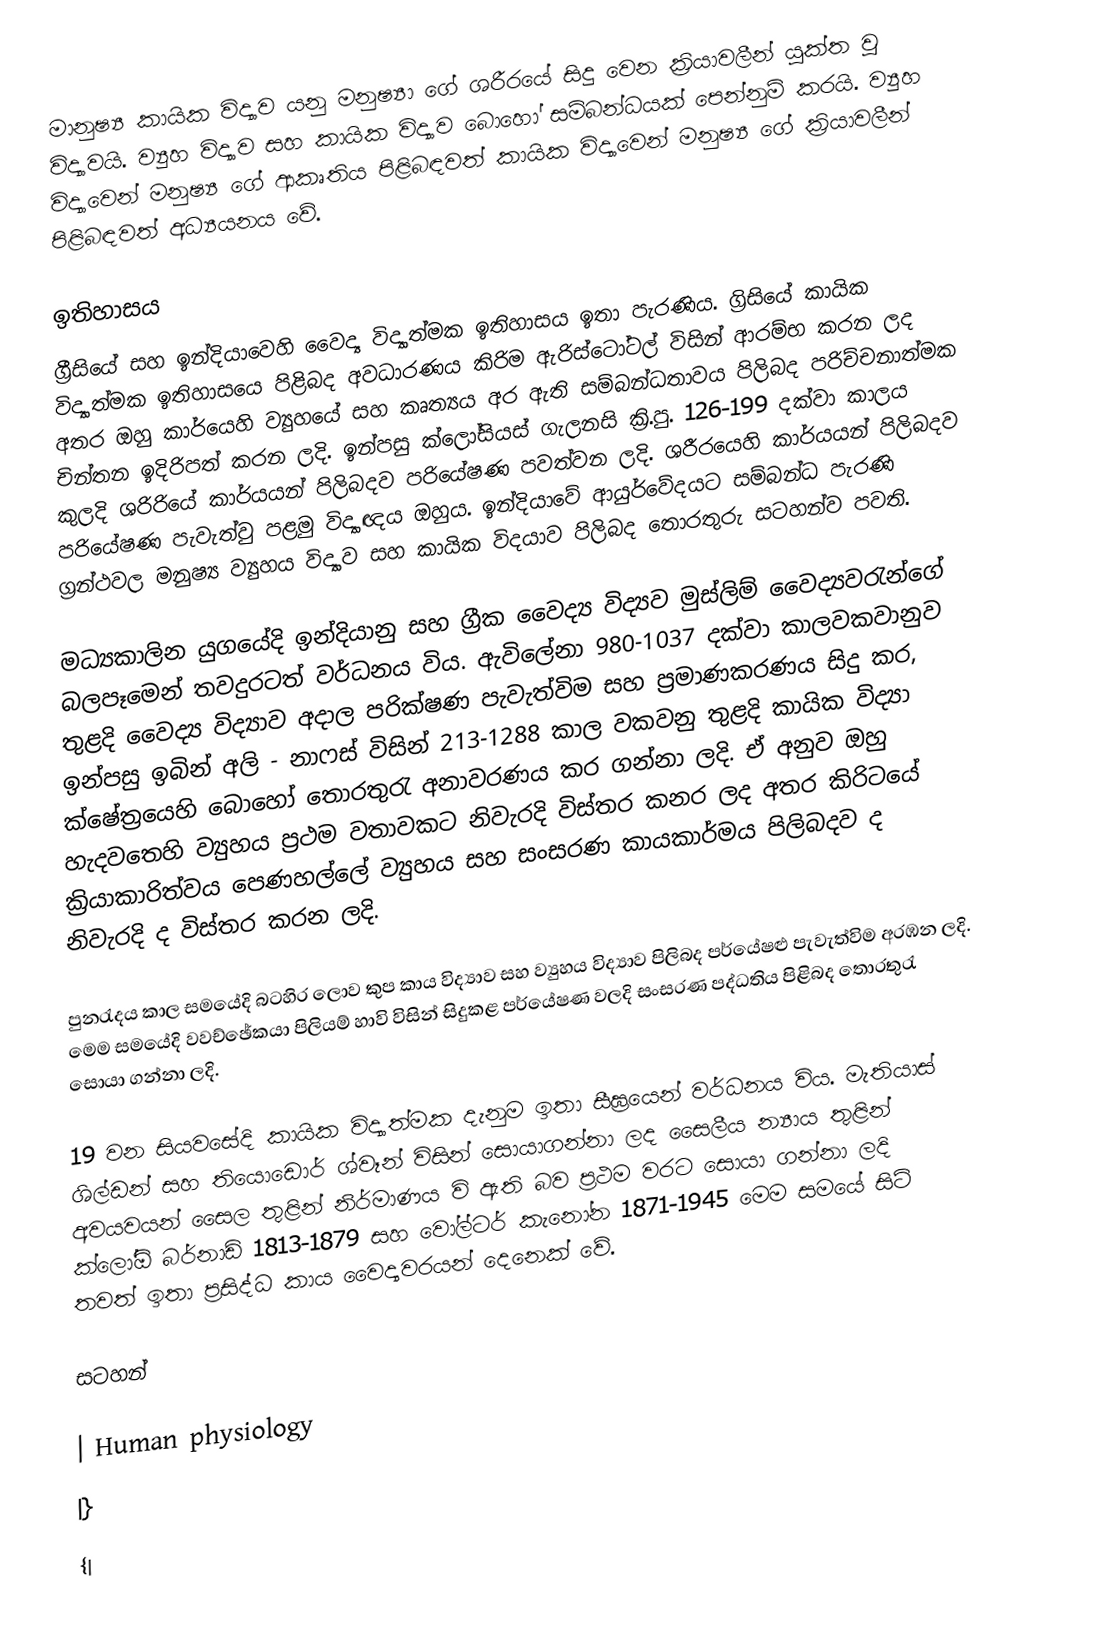
මානුෂ්‍ය කායික විද්‍යාව යනු මනුෂ්‍යා ගේ ශරීරයේ සිදු වෙන ක්‍රියාවලීන් යුක්ත වූ විද්‍යාවයි. ව්‍යුහ විද්‍යාව සහ කායික විද්‍යාව බොහෝ සම්බන්ධයක් පෙන්නුම් කරයි. ව්‍යුහ විද්‍යාවෙන් මනුෂ්‍ය ගේ ආකෘතිය පිළිබඳවත් කායික විද්‍යාවෙන් මනුෂ්‍ය ගේ ක්‍රියාවලීන් පිළිබඳවත් අධ්‍යයනය වේ.

ඉතිහාසය
ග්‍රීසියේ සහ ඉන්දියාවෙහි වෛද්‍ය විද්‍යාත්මක ඉතිහාසය ඉතා පැරණිය. ග්‍රිසියේ කායික විද්‍යාත්මක ඉතිහාසයෙ පිළිබද අවධාරණය කිරිම ඇරිස්ටෝටල් විසින් ආරම්භ කරන ලද අතර ඔහු කාර්යෙහි ව්‍යුහයේ සහ කෘත්‍යය අර ඇති සම්බන්ධතාවය පිලිබද පරිච්චනාත්මක චින්තන ඉදිරිපත් කරන ලදි. ඉන්පසු ක්ලෝසියස් ගැලනසි ක්‍රි.පු. 126-199 දක්වා කාලය කුලදි ශරිරියේ කාර්යයන් පිලිබදව පරියේෂණ පවත්වන ලදි. ශරීරයෙහි කාර්යයන් පිලිබදව පරියේෂණ පැවැත්වු පළමු විද්‍යාඥය ඔහුය. ඉන්දියාවේ ආයුර්වේදයට සම්බන්ධ පැරණි ග්‍රන්ථවල මනුෂ්‍ය ව්‍යුහය විද්‍යාව සහ කායික විදයාව පිලිබද තොරතුරු සටහන්ව පවති.

මධ්‍යකාලින යුගයේදි ඉන්දියානු සහ ග්‍රීක වෛද්‍ය විද්‍යව මුස්ලිම් වෛද්‍යවරැන්ගේ බලපෑමෙන් තවදුරටත් වර්ධනය විය. ඇවිලේනා 980-1037 දක්වා කාලවකවානුව තුළදි වෛද්‍ය විද්‍යාව අදාල පරික්ෂණ පැවැත්විම සහ ප්‍රමාණකරණය සිදු කර, ඉන්පසු ඉබින් අලි - නාෆස් විසින් 213-1288 කාල වකවනු තුළදි කායික විද්‍යා ක්ෂේත්‍රයෙහි බොහෝ තොරතුරැ අනාවරණය කර ගන්නා ලදි. ඒ අනුව ඔහු හැදවතෙහි ව්‍යුහය ප්‍රථම වතාවකට නිවැරදි විස්තර කනර ලද අතර කිරිටයේ ක්‍රියාකාරිත්වය පෙණහල්ලේ ව්‍යුහය සහ සංසරණ කායකාර්මය පිලිබදව ද නිවැරදි ද විස්තර කරන ලදි.

පුනරැදය කාල සමයේදි බටහිර ලොව කුප කාය විද්‍යාව සහ ව්‍යුහය විද්‍යාව පිලිබද පර්යේෂළු පැවැත්විම අරඹන ලදි. මෙම සමයේදි වවච්ඡේකයා පිලියම් හාවි විසින් සිදුකළ පර්යේෂණ වලදි සංසරණ පද්ධතිය පිළිබද තොරතුරැ සොයා ගන්නා ලදි.

19 වන සියවසේදි කායික විද්‍යාත්මක දැනුම ඉතා සීඝ්‍රයෙන් වර්ධනය විය. මැතියාස් ශිල්ඩන් සහ තියොඩොර් ශ්වෑන් විසින් සොයාගන්නා ලද සෛලීය න්‍යාය තුළින් අවයවයන් සෛල තුළින් නිර්මාණය වි ඇති බව ප්‍රථම වරට සොයා ගන්නා ලදි ක්ලෝඕ බර්නාඩ් 1813-1879 සහ වෝල්ටර් කැනෝන 1871-1945 මෙම සමයේ සිටි තවත් ඉතා ප්‍රසිද්ධ කාය වෛද්‍යවරයන් දෙනෙක් වේ.

සටහන්

| Human physiology
|}
{|